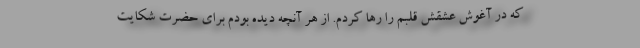
که در آغوش عشقش قلبم را رها کردم. از هر آنچه دیده بودم برای حضرت شکایت